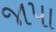
જાપા